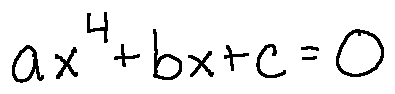
a x ^ { 4 } + b x + c = 0